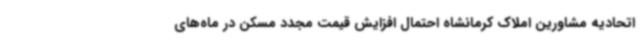
اتحادیه مشاورین املاک کرمانشاه احتمال افزایش قیمت مجدد مسکن در ماه‌های